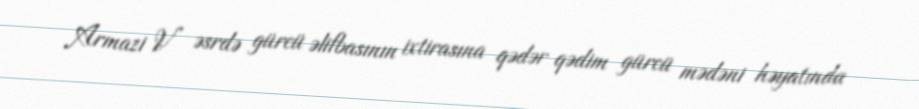
Armazi V əsrdə gürcü əlifbasının ixtirasına qədər qədim gürcü mədəni həyatında